Statistics compiled by the Government of India from the reports of provincial Civil Veterinary Departments
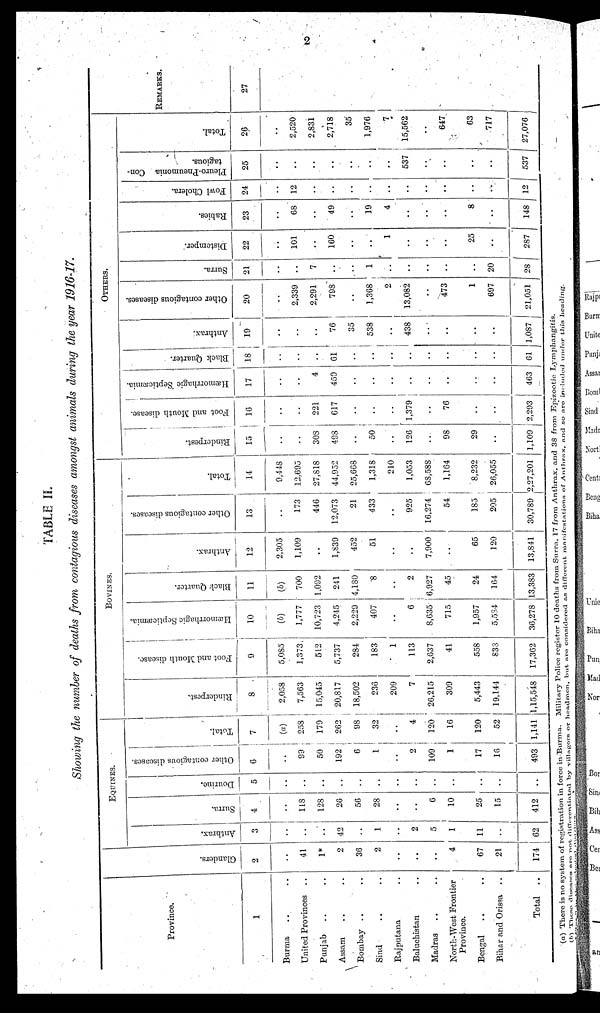
2
TABLE II.
Showing the number of deaths from contagious diseases amongst animals during the year 1916-17.
Province.
1
Burma .. ..
United Provinces .. ..
Punjab .. ..
Assam .. ..
Bombay .. ..
Sind .. ..
Rajputana ..
Baluchistan ..
Madras .. ..
North-West Frontier
Province.
Bengal .. ..
Bihar and Orissa ..
Total ..
Gl ander s .
2
..
41
1*
2
36
2
..
..
..
4
67
21
174
EQUINES.
Anthrax.
3
..
..
..
42
..
1
..
2
5
1
11
..
62
Surra.
4
..
118
128
26
56
28
..
..
6
10
25
15
412
Dourine.
5
..
..
..
..
..
..
..
..
..
..
..
..
.. ..
Other contagious diseases.
6
..
99
50
192
6
1
..
2
109
1
17
16
493
Total.
7
(a)
258
179
262
98
32
..
4
120
16
120
52
1,141
BOVINES.
Rinderpest.
8
2,058
7,563
15,045
20,817
18,502
236
209
7
26,215
309
5,443
19,144
1,15,548
Foot and Mouth disease.
9
5,085
1,373
512
5,737
284
183
1
113
2,637
41
558
833
17,362
Hæmorrhagic Septicæmia.
10
(b)
1,777
10,723
4,245
2,229
407
..
6
8,635
715
1,957
5,534
36,278
Black Quarter.
11
(b)
700
1,092
241
4,180
8
..
2
6,927
45
24
164
13,383
Anthrax.
12
2,305
1,109
..
1,839
452
51
..
..
7,900
..
65
120
13,841
Other contagious diseases.
13
..
173
446
12,073
21
433
..
925
16,274
54
185
205
30,789
Total.
14
9,448
12,695
27,818
44,952
25,668
1,318
210
1,053
68,588
1,164
8,232
26,055
2,27,201
OTHERS.
Rinderpest.
15
..
..
308
498
..
50
..
126
..
98
29
..
1,109
Foot and Mouth disease.
16
..
..
221
617
..
..
..
1,379
..
76
..
..
2,293
Hæmorrhagic Septicæmia.
17
..
..
4
459
..
..
..
..
..
..
..
..
463
Black Quarter.
18
..
..
..
61
..
..
..
..
..
..
..
..
61
Anthrax.
19
..
..
..
76
35
538
..
438
..
..
..
..
1,087
Other contagious diseases.
20
..
2,339
2,291
798
..
1,368
2
13,082
..
473
1
697
21,051
Surra.
21
..
..
7
..
..
1
..
..
..
..
..
20
28
Distemper.
22
..
101
..
160
..
..
1
..
..
..
25
..
287
Rabies.
23
..
68
..
49
..
19
4
..
..
..
8
..
148
Fowl Cholera.
24
..
12
..
..
..
..
..
..
..
..
..
..
12
Pleuro-Pneumonia Con-
tagious.
25
..
..
..
..
..
..
..
537
..
..
..
..
537
Total.
26
..
2,520
2,831
2,718
35
1,976
7
15,562
..
647
63
717
27,076
REMARKS.
27
(a) There is no system of registration in force in Burma. Military Police register 10 deaths from Surra, 17 from Anthrax, and 38 from Epizootic Lymphangitis.
(b) These
discases
are
not
differentinted
by villagers or headmen, but are considered as different manifestations of Anthrax, and so are included under this heading.